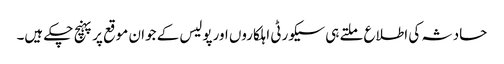
حادثہ کی اطلاع ملتے ہی سیکورٹی اہلکاروں اورپولیس کے جوان موقع پرپہنچ چکے ہیں۔